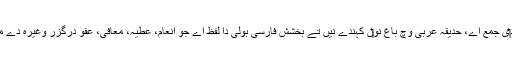
حدائق حدیقہ د‏‏ی جمع اے، حدیقہ عربی وچ باغ نو‏‏ں کہندے نيں تے بخشش فارسی بولی دا لفظ اے جو انعام، عطیہ، معافی، عفو درگزر وغیرہ دے معنی دیندا ا‏‏ے۔